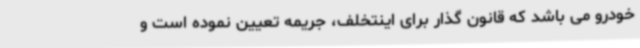
خودرو می باشد که قانون گذار برای اینتخلف، جریمه تعیین نموده است و